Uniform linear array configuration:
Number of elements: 32
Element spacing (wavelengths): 1
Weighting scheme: uniform
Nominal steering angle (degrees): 15
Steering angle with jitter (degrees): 13.401
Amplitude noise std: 0.05
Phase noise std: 0.05

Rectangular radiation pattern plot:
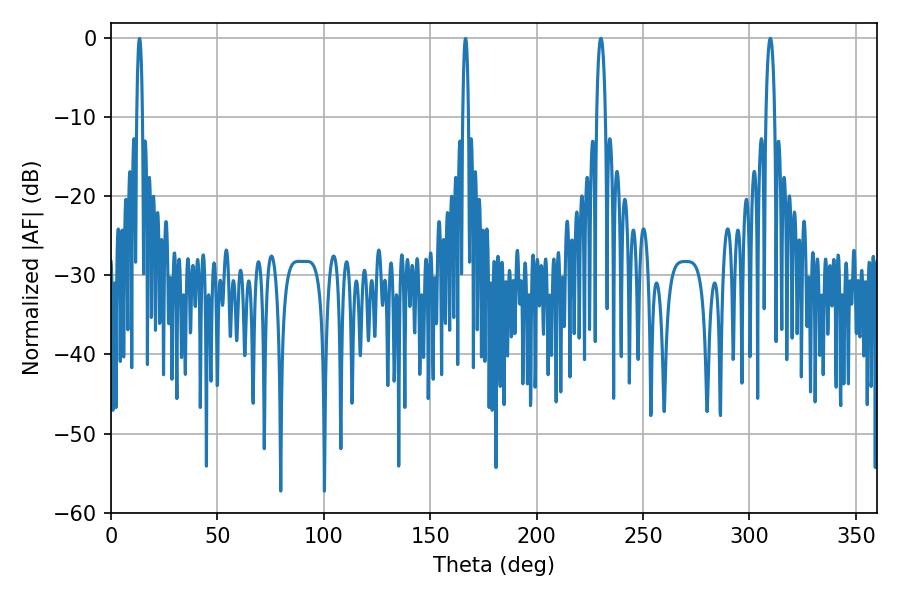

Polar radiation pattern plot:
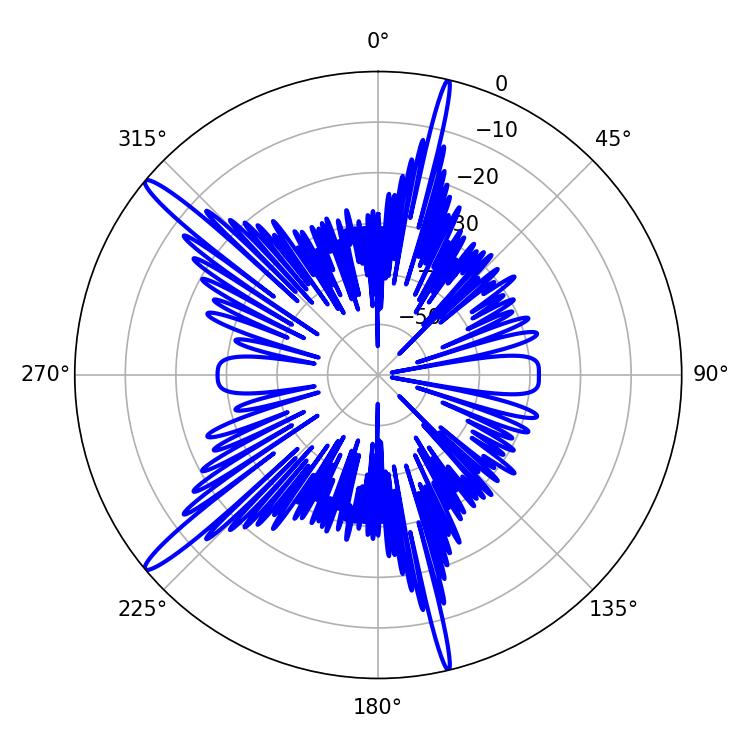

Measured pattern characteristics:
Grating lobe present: TRUE
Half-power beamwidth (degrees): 2.16
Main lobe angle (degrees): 309.78